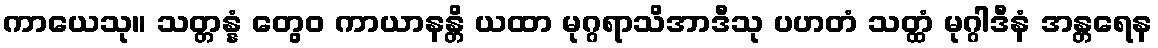
ကာယေသု။ သတ္တန္နံ တွေဝ ကာယာနန္တိ ယထာ မုဂ္ဂရာသိအာဒီသု ပဟတံ သတ္ထံ မုဂ္ဂါဒီနံ အန္တရေန